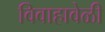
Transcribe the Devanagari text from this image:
विवाहावेळी